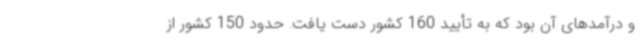
و درآمدهای آن بود که به تأیید 160 کشور دست یافت. حدود 150 کشور از